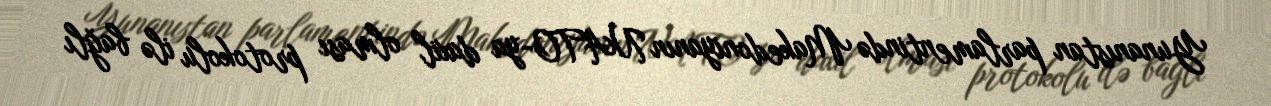
Yunanıstan parlamentində Makedoniyanın NATO-ya daxil olması protokolu ilə bağlı